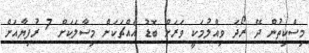
މިސްކިތުން ދޭ ރޯދަ ވިއްލުމަކީ ވަރަށް ބޮޑު އެއްޗަކަށް މިސާލަކަށް 7 ރުފިޔާއަށް